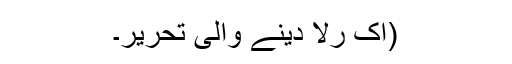
(اک رلا دینے والی تحریر۔